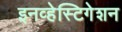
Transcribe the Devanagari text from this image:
इनव्हेस्टिगेशन